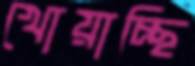
খোয়াচ্ছি